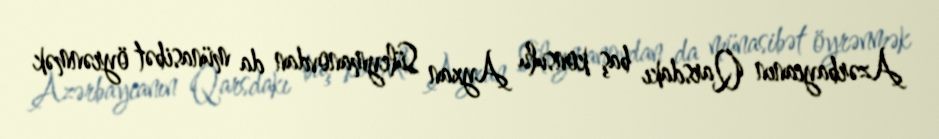
Azərbaycanın Qarsdakı baş konsulu Ayxan Süleymanovdan da münasibət öyrənmək